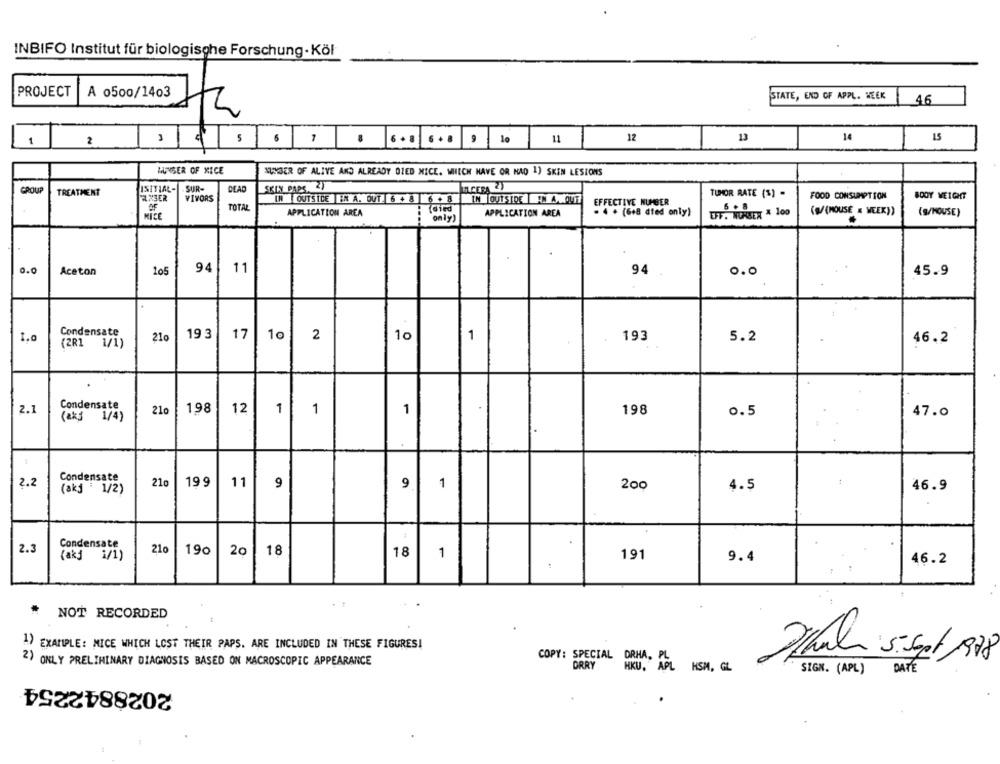
INBIFO Institut für biologische Forschung- Köl
PROJECT
A 0500/1403
STATE, END OF APPL. WEEK
46
12
13
14
15
1
2
9 5 6 1 8 6+8 6+8 9 10
11
MUNGER OF MICE
CUMBER OF ALIVE AND ALREADY DIED NICE. WHICH HAVE OR NAO 1) SKIN LESIONS
CROUP
TREATMENT
INITIAL-
SUR
DEAD
SKIN PARS 2)
EL X3ER
VIVORS
IN OUTSIDE IN A. OUT 6 + 8 6 + 8
IN OUTSIDE AN A MOUT
TUMOR RATE (%) -
FOOD CONSUMPTION
BODY WEIGHT
TOTAL
EFFECTIVE NUMBER
6 . 8
APPLICATION AREA
(died
APPLICATION AREA
. 4 . (6+8 died only)
EFF. NURSER A 100
(@/(MOUSE « WEEK))
(9/HOUSE)
MICE
only)
94
0.0
Aceton
105
11
94
0.0
45.9
Condensate
19 3
17
| 10
10
1
193
(2R1 1/1)
210
2
5.2
46.2
2.1
Condensate
210
198
12
1 1
1
198
0.5
47.0
(ak3 1/4)
.
1
Condensate
1
2.2
(akj 1/2)
210
19 9
11
9
9
1
200
4.5
46.9
2.3
Condensate
210
190
(akj 1/1)
20
18
18
1
191
9.4
46.2
* NOT RECORDED
44
1) EXAMPLE: MICE WHICH LOST THEIR PAPS. ARE INCLUDED IN THESE FIGURES!
2) ONLY PRELIMINARY DIAGNOSIS BASED ON MACROSCOPIC APPEARANCE
COPY: SPECIAL DRHA,
DRRY
HKU. APL
HSM, GL
SIGN. (APL) DATE
2028842254